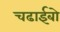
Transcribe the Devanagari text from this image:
चढाईबो